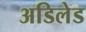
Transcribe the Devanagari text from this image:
अडिलेड